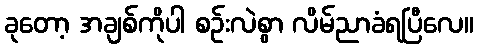
ခုတော့ အချစ်ကိုပါ စဉ်းလဲစွာ လိမ်ညာခံရပြီလေ။